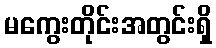
မကွေးတိုင်းအတွင်းရှိ